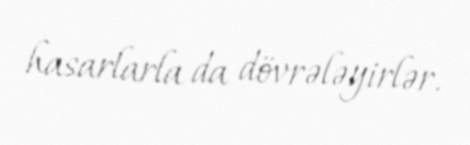
hasarlarla da dövrələyirlər.